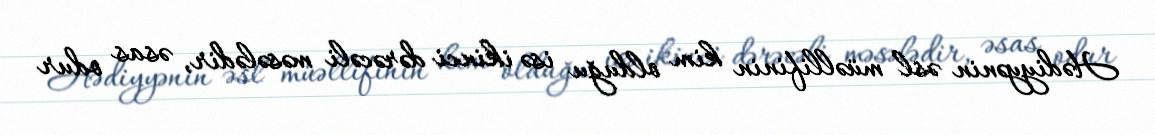
Hədiyyənin əsl müəllifinin kim olduğu isə ikinci dərəcəli məsələdir, əsas odur